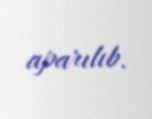
aparılıb.